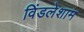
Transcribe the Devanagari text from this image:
विंडलेशाम